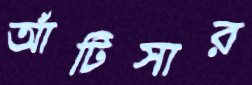
আঁটিসার